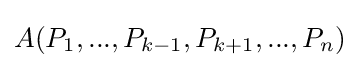
A(P_{1},...,P_{k-1},P_{k+1},...,P_{n})